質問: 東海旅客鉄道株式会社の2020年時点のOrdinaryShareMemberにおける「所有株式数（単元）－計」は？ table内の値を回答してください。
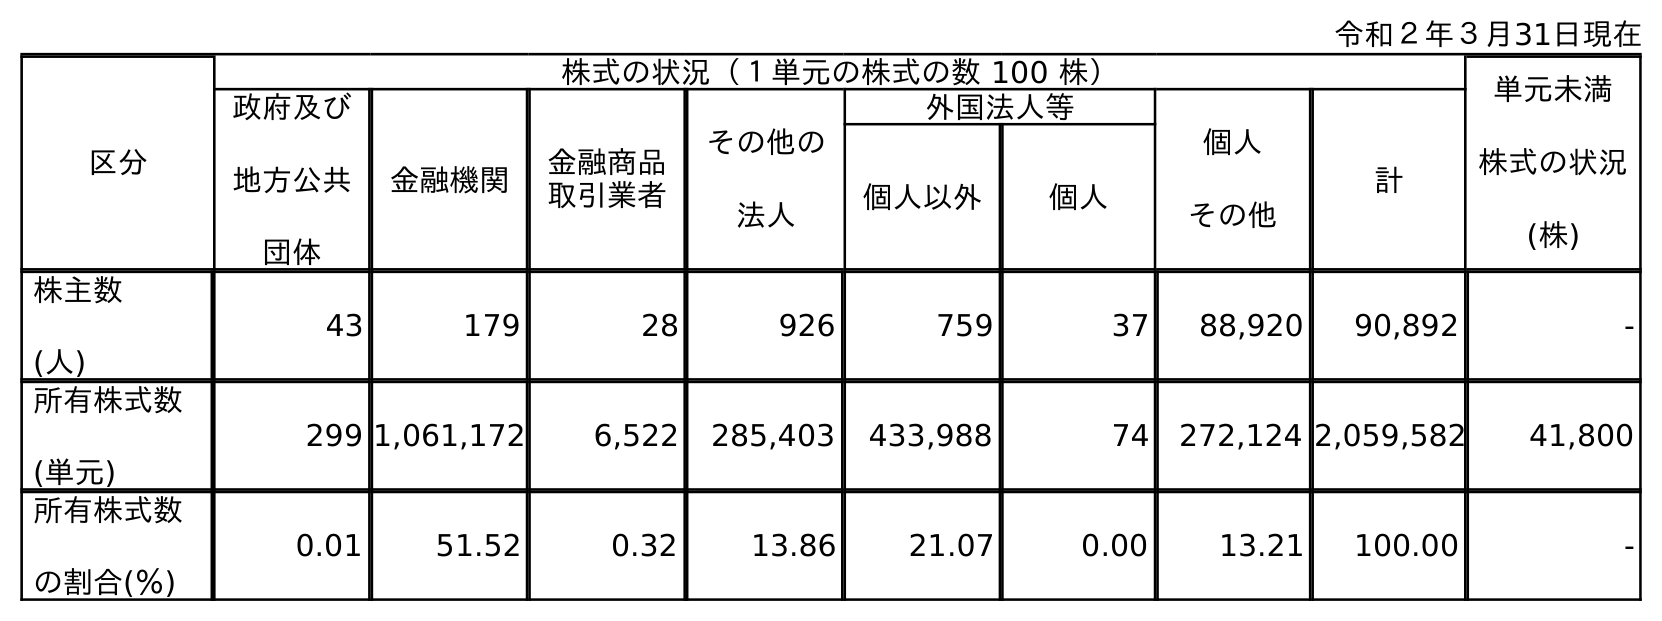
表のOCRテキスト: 令和２年３月31日現在 区分 株式の状況（１単元の株式の数 100 株） 単元未満 株式の状況 (株) 政府及び 地方公共 団体 金融機関 金融商品 取引業者 その他の 法人 外国法人等 個人 その他 計 個人以外 個人 株主数 (人) 43 179 28 926 759 37 88,920 90,892 - 所有株式数 (単元) 299 1,061,172 6,522 285,403 433,988 74 272,124 2,059,582 41,800 所有株式数 の割合(％) 0.01 51.52 0.32 13.86 21.07 0.00 13.21 100.00 -
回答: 2,059,582